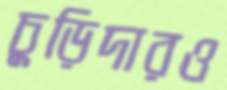
চুড়িদারও